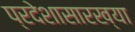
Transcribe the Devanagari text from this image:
प्रदेशासारख्या